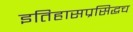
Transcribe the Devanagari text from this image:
इतिहासप्रसिद्धच